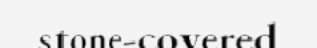
stone-covered